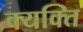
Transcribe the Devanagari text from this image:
क्यक्ति